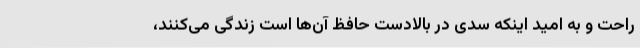
راحت و به امید اینکه سدی در بالادست حافظ آن‌ها است زندگی می‌کنند،